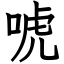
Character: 唬